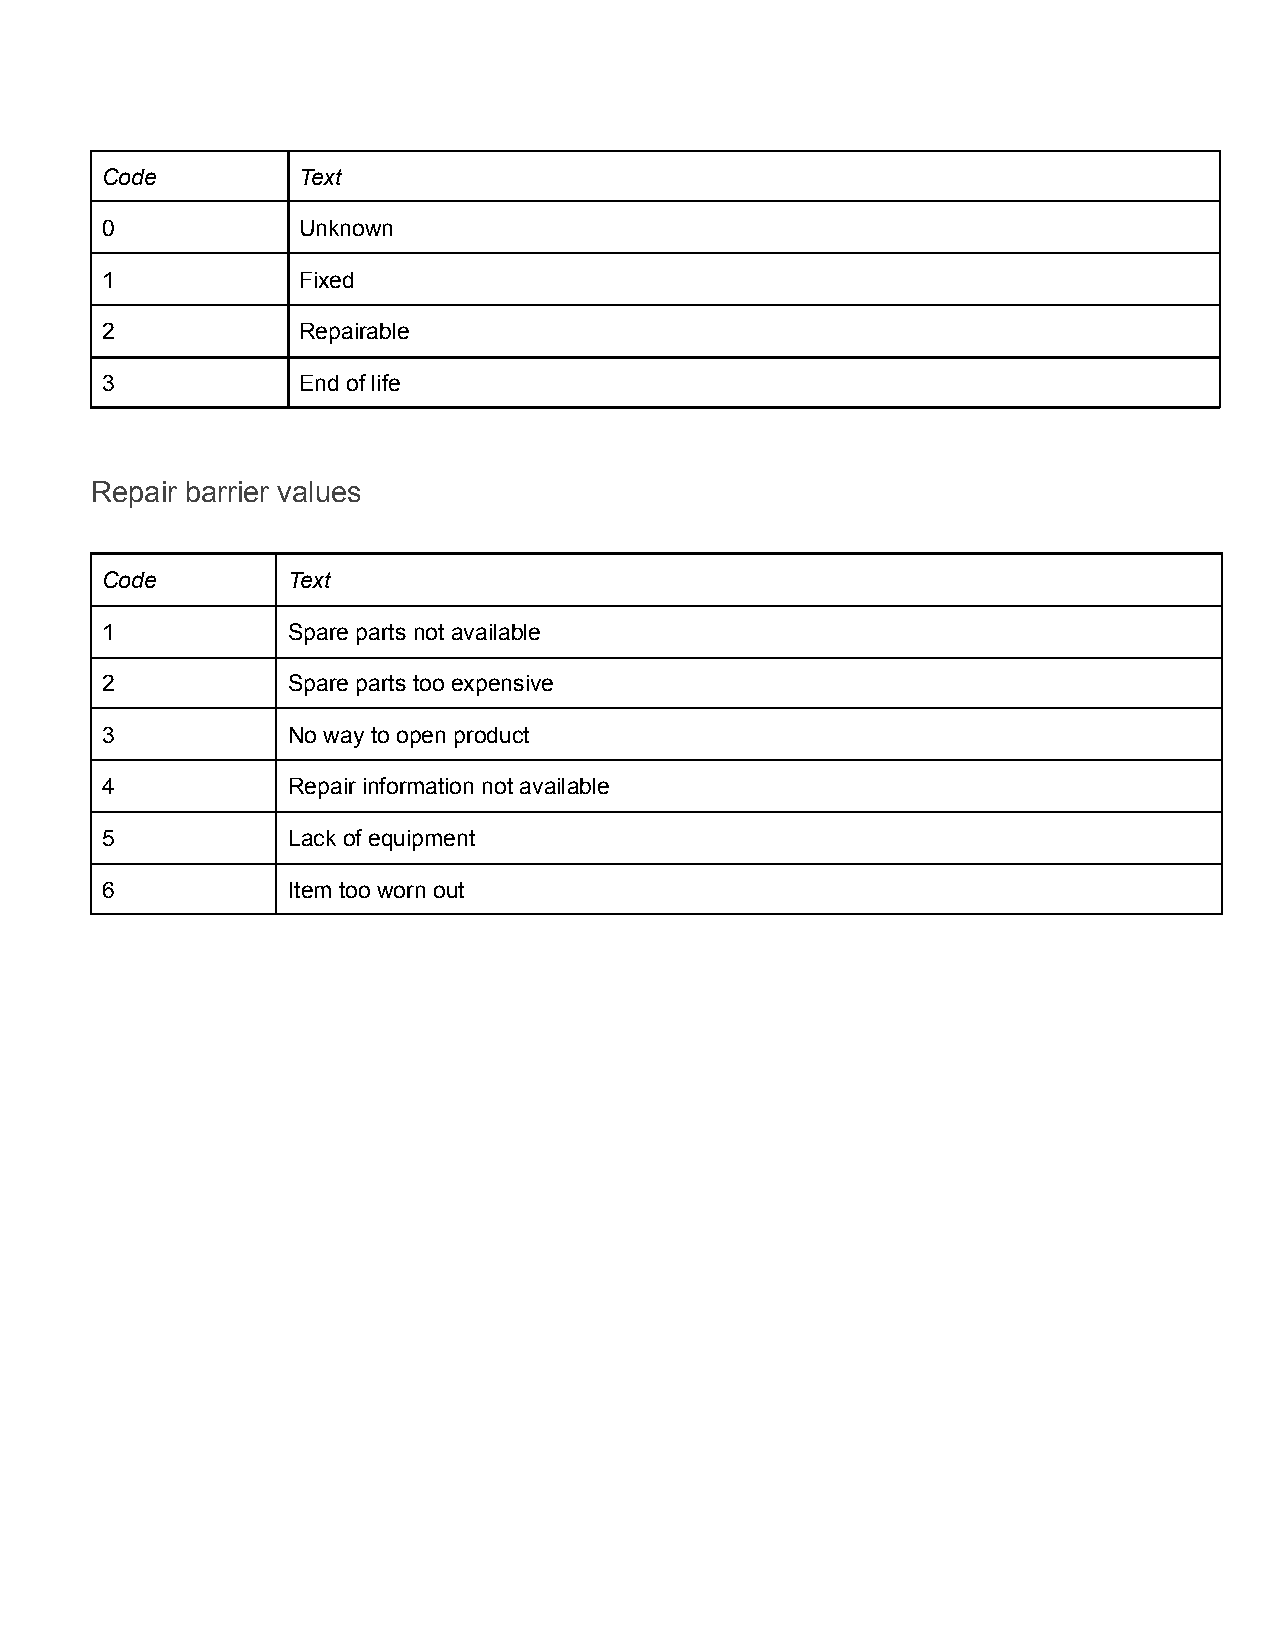
Code         Text
 0            Unknown
 1            Fixed
 2            Repairable
 3            End of life
 Repair barrier values
 Code        Text
 1           Spare parts not available
 2           Spare parts too expensive
 3           No way to open product
 4           Repair information not available
 5           Lack of equipment
 6           Item too worn out